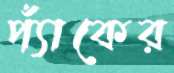
প্যাঁকের